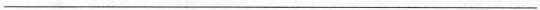
___